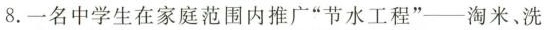
8.一名中学生在家庭范围内推广”节水工程”-淘米、洗